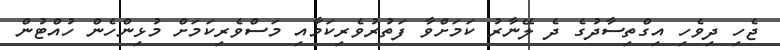
ޖެހި ދިވެހި އިގްތިސާދުގެ ދެ ލޭނާރު ކަމަށްވާ ފަތުރުވެރިކަމާއި މަސްވެރިކަމަށް މުޅިންހެން ހުއްޓުން